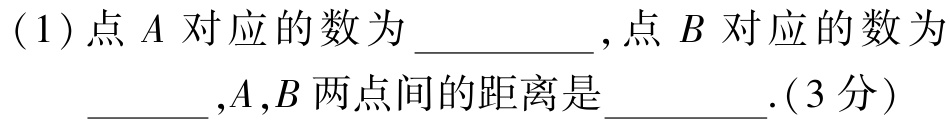
(1)点 \(A\) 对应的数为 \_\_\_\_\_\_, 点 \(B\) 对应的数为 \_\_\_\_, \(A,B\) 两点间的距离是 \_\_\_\_\_\_. (3分)